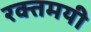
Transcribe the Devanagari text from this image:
रक्तमयी